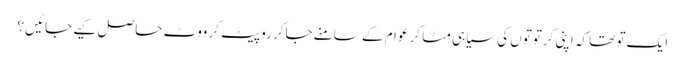
ایک تو تھا کہ اپنی کرتوتوں کی سیاہی مٹا کر عوام کے سامنے جاکر رو پیٹ کر ووٹ حاصل کیے جائیں ؟